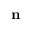
\mathbf { n }